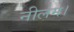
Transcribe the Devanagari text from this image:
नीलम।